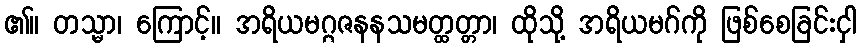
၏။ တသ္မာ၊ ကြောင့်။ အရိယမဂ္ဂဇနနသမတ္ထတ္တာ၊ ထိုသို့ အရိယမဂ်ကို ဖြစ်စေခြင်းငှါ